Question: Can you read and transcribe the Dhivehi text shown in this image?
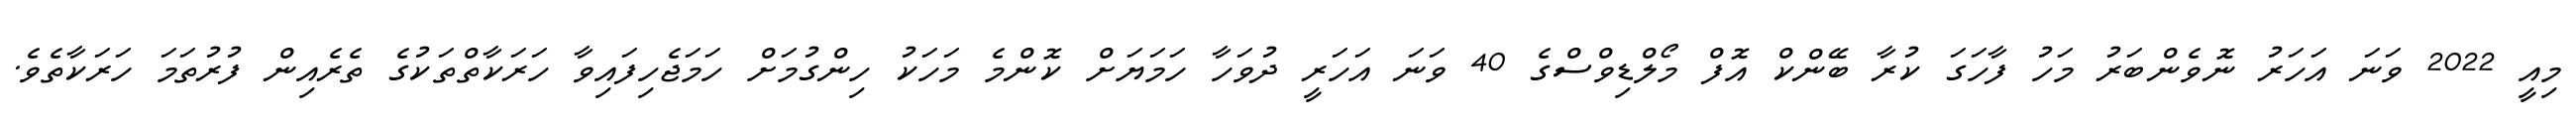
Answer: މިއީ 2022 ވަނަ އަހަރު ނޮވެންބަރު މަހު ފާހަގަ ކުރާ ބޭންކް އޮފް މޯލްޑިވްސްގެ 40 ވަނަ އަހަރީ ދުވަހާ ހަމަޔަށް ކޮންމެ މަހަކު ހިންގުމަށް ހަމަޖެހިފައިވާ ހަރަކާތްތަކުގެ ތެރެއިން ފުރުތަމަ ހަރަކާތެވެ.